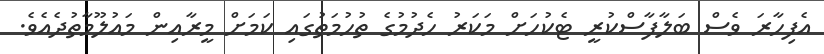
އެފިހާރަ ވެސް ބަލާފާސްކުރީ ޓެކުހަށް މަކަރު ހެދުމުގެ ތުހުމަތުގައި ކަމަށް މީރާއިން މައުލޫމާތުދެއެވެ.